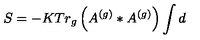
S = - K T r _ { g } \left( A ^ { \left( g \right) } \ast A ^ { \left( g \right) } \right) \int d